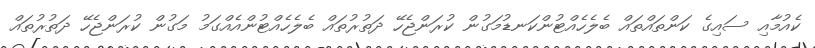
ކެއުމާއި ސައިގެ ކަންތައްތައް ބެލެހެއްޓުންކަނޑުމަގުން ކުރަންޖެހޭ ދަތުރުތައް ބެލެހެއްޓުންއެއްގަމު މަގުން ކުރަންޖެހޭ ދަތުރުތައް